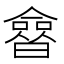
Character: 𰖲